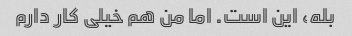
بله، این است. اما من هم خیلی کار دارم